画像に写った文字を読んでください
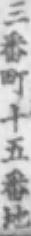
「三番町十五番地」と書いてあります